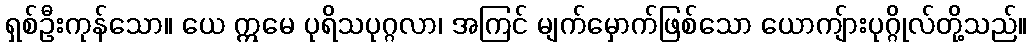
ရှစ်ဦးကုန်သော။ ယေ ဣမေ ပုရိသပုဂ္ဂလာ၊ အကြင် မျက်မှောက်ဖြစ်သော ယောကျ်ားပုဂ္ဂိုလ်တို့သည်။